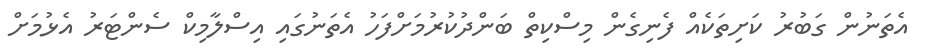
އެތަނުން ގަބުރު ކަށިތަކެއް ފެނިގެން މިސްކިތް ބަންދުކުރުމަށްފަހު އެތަނުގައި އިސްލާމިކް ސެންޓަރު އެޅުމަށް